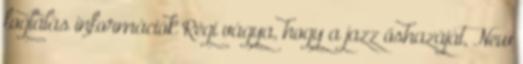
foglalás információk Régi vágya, hogy a jazz őshazáját, New